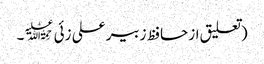
(تعلیق از حافظ زبیر علی زئی﷫۔